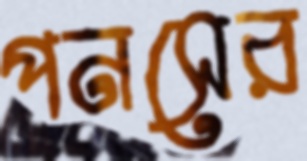
পনসের